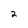
Character: 2